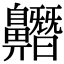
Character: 𪖼